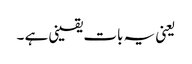
یعنی یہ بات یقینی ہے ۔